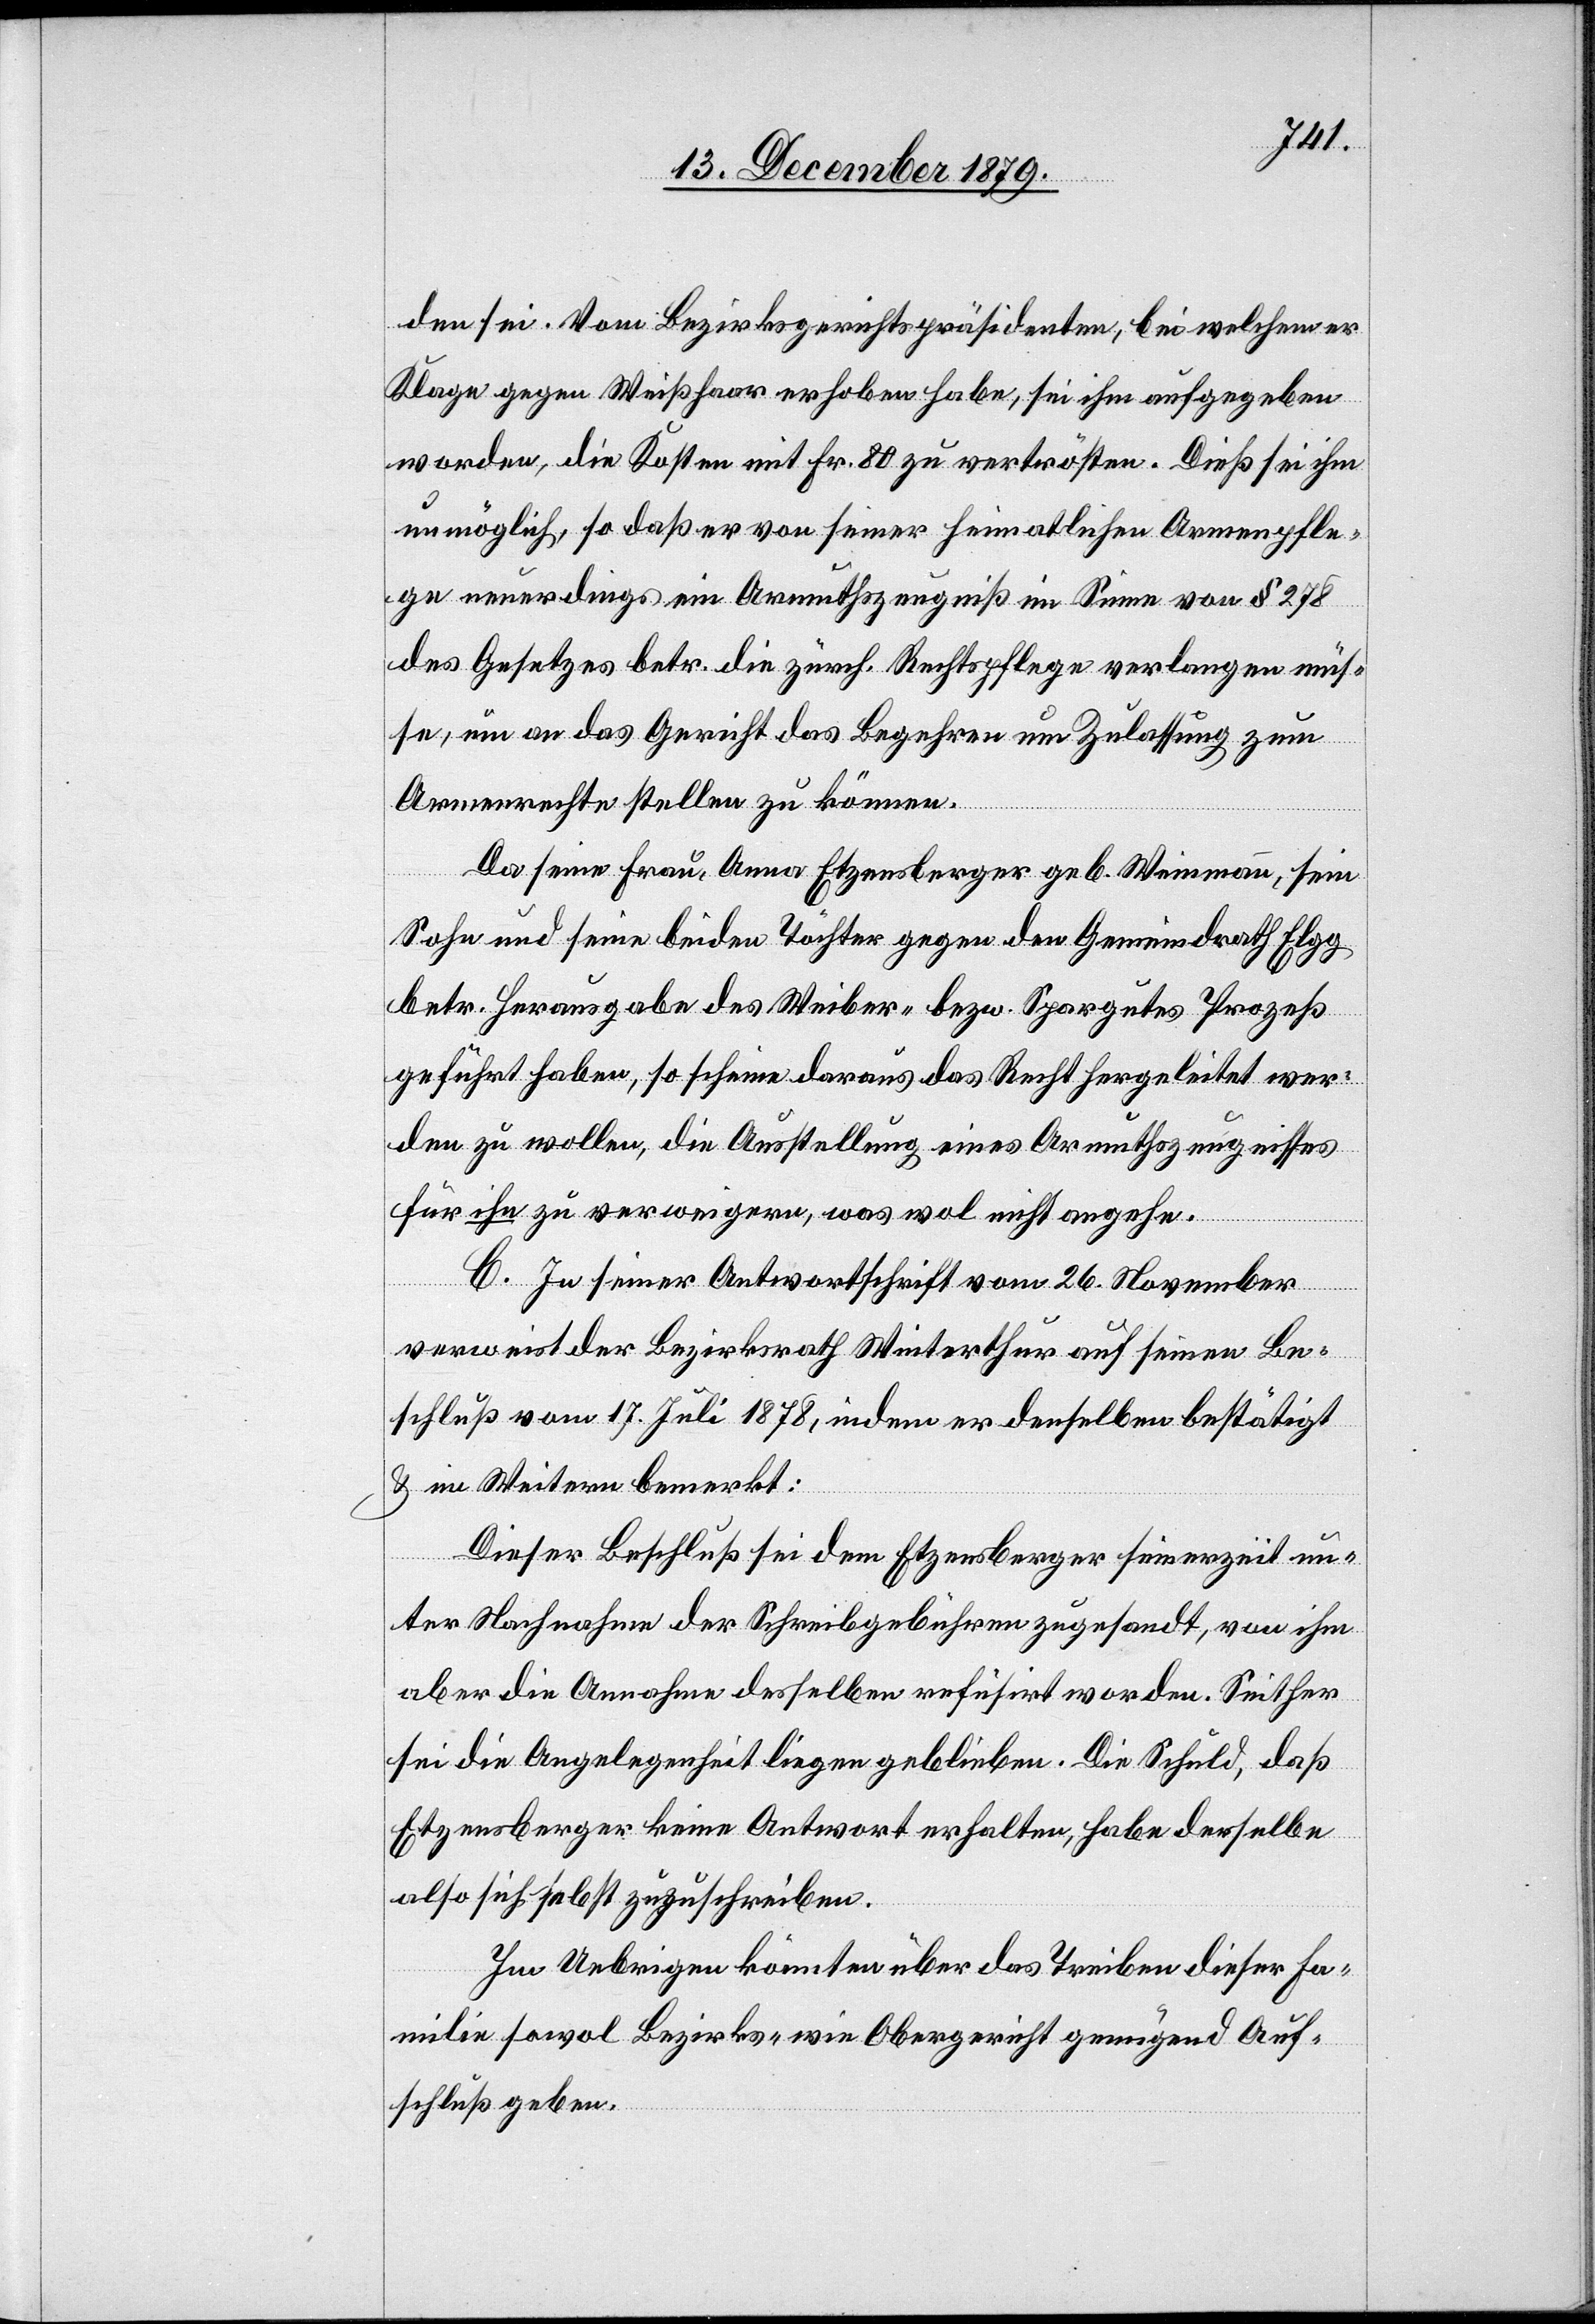
den sei. Vom Bezirksgerichtspräsidenten, bei welchem er
Klage gegen Weißhaar erhoben habe, sei ihm aufgegeben
worden, die Kosten mit Fr. 80 zu vertrösten. Dieß sei ihm
unmöglich, so daß er von seiner heimatlichen Armenpfle¬
ge neuerdings ein Armuthszeugniß im Sinne von § 278
des Gesetzes betr. die zürch. Rechtspflege verlangen müs¬
se, um an das Gericht das Begehren um Zulassung zum
Armenrechte stellen zu können.
Da seine Frau, Anna Etzensberger geb. Weinmann, sein
Sohn und seine beiden Töchter gegen den Gemeindrath Elgg
betr. Herausgabe des Weiber- bezw. Spargutes Prozeß
geführt haben, so scheine daraus das Recht hergeleitet wer¬
den zu wollen, die Ausstellung eines Armuthszeugnisses
für ihn zu verweigern, was wol nicht angehe.
C. In seiner Antwortschrift vom 26. November
verweist der Bezirksrath Winterthur auf seinen Be¬
schluß vom 17. Juli 1878, indem er denselben bestätigt
& im Weitern bemerkt:
Dieser Beschluß sei dem Etzensberger seinerzeit un¬
ter Nachnahme der Schreibgebühren zugesandt, von ihm
aber die Annahme desselben refüsirt worden. Seither
sei die Angelegenheit liegen geblieben. Die Schuld, daß
Etzensberger keine Antwort erhalten, habe derselbe
also sich selbst zuzuschreiben.
Im Uebrigen könnten über das Treiben dieser Fa¬
milie sowol Bezirks- wie Obergericht genügend Auf¬
schluß geben.